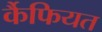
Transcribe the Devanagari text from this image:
र्कैफियत